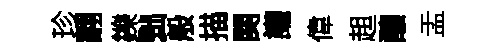
珍翿鑠黜般描関讙偉趄釀盂